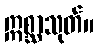
ဣစ္ဆာသုတ်။